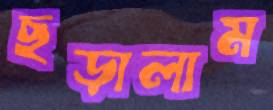
ছড়ালাম